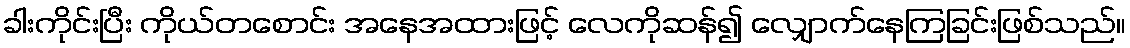
ခါးကိုင်းပြီး ကိုယ်တစောင်း အနေအထားဖြင့် လေကိုဆန်၍ လျှောက်နေကြခြင်းဖြစ်သည်။